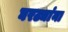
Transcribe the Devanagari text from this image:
घरट्यांना